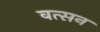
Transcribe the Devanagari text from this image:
वत्सन